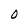
Character: O